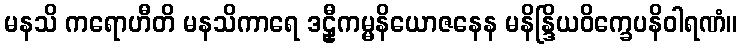
မနသိ ကရောဟီတိ မနသိကာရေ ဒဠှီကမ္မနိယောဇနေန မနိန္ဒြိယဝိက္ခေပနိဝါရဏံ။